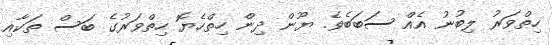
ހިތްވަރު ލިބުނު އެއް ސަބަބެވެ. ޔޫން ދިން ހިތްހެޔޮ ހިތްވަރުގެ ބަސް ތަކާއި